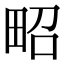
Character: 𤱠